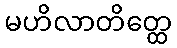
မဟိလာတိတ္ထေ